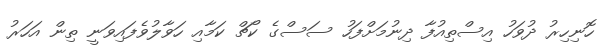
ހޮނިހިރު ދުވަހު އިސްތިއުފާ ދިނުމަށްފަހު ސަސްގެ ކޯޗް ކަމާއި ހަވާލުވެފައިވަނީ ތިން އަހަރު